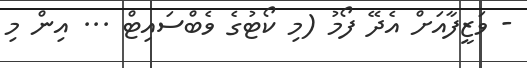
- ވަޒީފާއަށް އެދޭ ފޯމު (މި ކޯޓުގެ ވެބްސައިޓް ... އިން މި